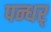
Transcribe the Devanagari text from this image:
पन्धर्